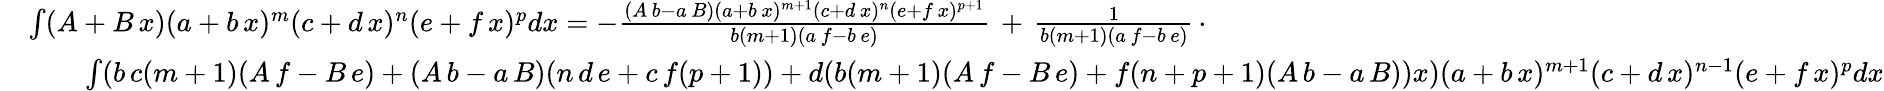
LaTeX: {\begin{array}{rl}&{\int(A+B\, x)(a+b\, x)^{m}(c+d\, x)^{n}(e+f\, x)^{p}dx=-{\frac{(A\, b-a\, B)(a+b\, x)^{m+1}(c+d\, x)^{n}(e+f\, x)^{p+1}}{b(m+1)(a\, f-b\, e)}}\, +\, {\frac{1}{b(m+1)(a\, f-b\, e)}}\, \cdot}\\ &{\qquad\int(b\, c(m+1)(A\, f-B\, e)+(A\, b-a\, B)(n\, d\, e+c\, f(p+1))+d(b(m+1)(A\, f-B\, e)+f(n+p+1)(A\, b-a\, B))x)(a+b\, x)^{m+1}(c+d\, x)^{n-1}(e+f\, x)^{p}dx}\end{array}}